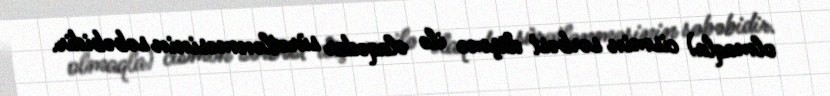
olmaqla) cismin sərbəst düşmə ilə əlaqədar sürətlənməsinin səbəbidir.